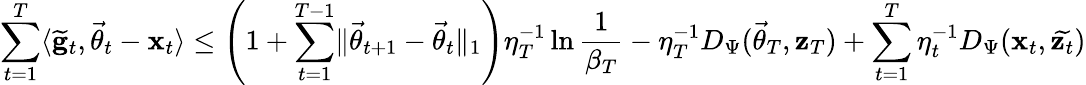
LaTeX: \sum_{t=1}^{T}\langle\widetilde{\mathbf g}_{t},\vec{\theta}_{t}-\mathbf x_{t}\rangle\le\left(1+\sum_{t=1}^{T-1}\lVert\vec{\theta}_{t+1}-\vec{\theta}_{t}\rVert_{1}\right)\eta_{T}^{-1}\ln\frac 1{\beta_{T}}-\eta_{T}^{-1}D_{\Psi}(\vec{\theta}_{T},\mathbf z_{T})+\sum_{t=1}^{T}\eta_{t}^{-1}D_{\Psi}(\mathbf x_{t},\widetilde{\mathbf z_{t}})